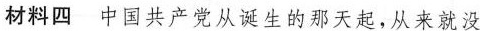
材料四 中国共产党从诞生的那天起，从来就没